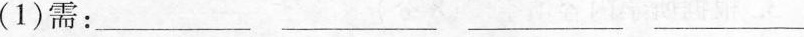
(1)需 ：—— —— —— ——